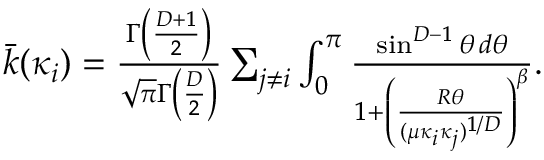
\begin{array} { r } { \bar { k } ( \kappa _ { i } ) = \frac { \Gamma \left( \frac { D + 1 } { 2 } \right) } { \sqrt { \pi } \Gamma \left( \frac { D } { 2 } \right) } \sum _ { j \neq i } \int _ { 0 } ^ { \pi } \frac { \sin ^ { D - 1 } \theta \, d \theta } { 1 + \left( \frac { R \theta } { ( \mu \kappa _ { i } \kappa _ { j } ) ^ { 1 / D } } \right) ^ { \beta } } . } \end{array}